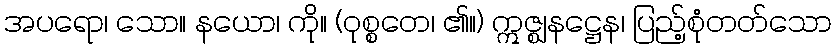
အပရော၊ သော။ နယော၊ ကို။ (ဝုစ္စတေ၊ ၏။) ဣဇ္ဈနဋ္ဌေန၊ ပြည့်စုံတတ်သော